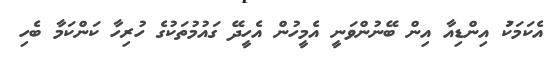
އެކަމަކަު އިންޑިއާ އިން ބޭނުންވަނީ އެމީހުން އެހީދޭ ގައުމުތަކުގެ ހުރިހާ ކަންކަމާ ބެހި